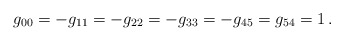
\begin{align*}g_{00} = -g_{11} = -g_{22} = -g_{33} =-g_{45} = g_{54} =1 \,.\end{align*}